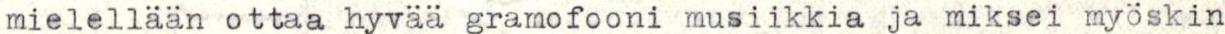
mielellään ottaa hyvää gramofooni musiikkia ja miksei myöskin